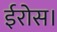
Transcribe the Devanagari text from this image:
ईरोस।